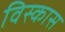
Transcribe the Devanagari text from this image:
विस्कास